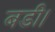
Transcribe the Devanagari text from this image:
बडी।